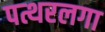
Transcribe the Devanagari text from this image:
पत्थरलगा